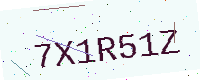
Text: 7X1R51Z